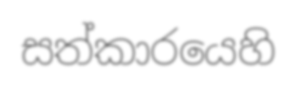
සත්කාරයෙහි